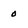
Character: 0